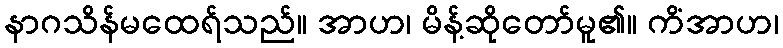
နာဂသိန်မထေရ်သည်။ အာဟ၊ မိန့်ဆိုတော်မူ၏။ ကိံအာဟ၊